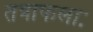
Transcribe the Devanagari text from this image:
तत्राफलाः